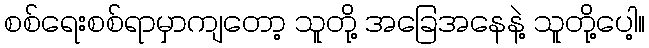
စစ်ရေးစစ်ရာမှာကျတော့ သူတို့ အခြေအနေနဲ့ သူတို့ပေါ့။